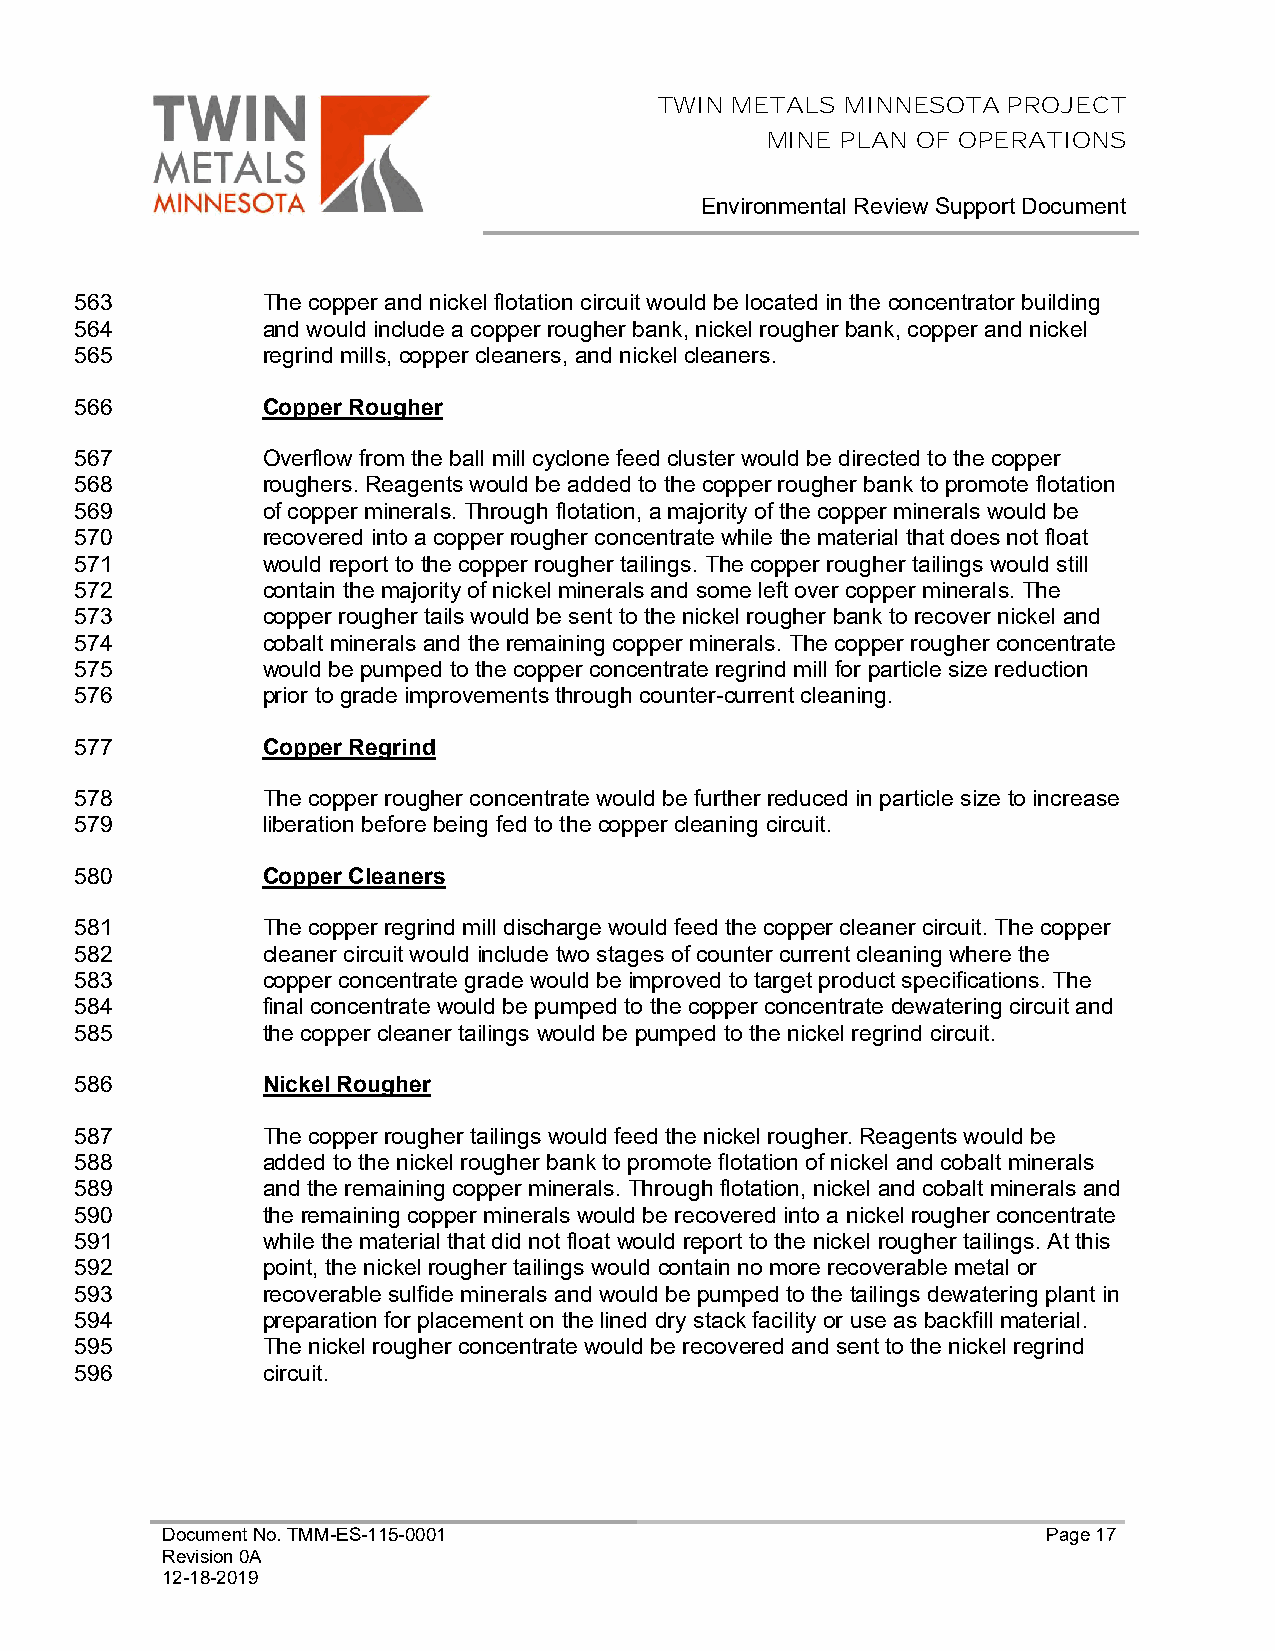
TWIN METALS MINNESOTA  PROJECT
 MINE PLAN OF OPERATIONS
 Environmental Review Support Document
 563         The copper and nickel flotation circuit would be located in the concentrator building
 564         and would include a copper rougher bank, nickel rougher bank, copper and nickel
 565         regrind mills, copper cleaners, and nickel cleaners.
 566         Copper Rougher
 567         Overflow from the ball mill cyclone feed cluster would be directed to the copper
 568         roughers. Reagents would be added to the copper rougher bank to promote flotation
 569         of copper minerals. Through flotation, a majority of the copper minerals would be
 570         recovered into a copper rougher concentrate while the material that does not float
 571         would report to the copper rougher tailings. The copper rougher tailings would still
 572         contain the majority of nickel minerals and some left over copper minerals. The
 573         copper rougher tails would be sent to the nickel rougher bank to recover nickel and
 574         cobalt minerals and the remaining copper minerals. The copper rougher concentrate
 575         would be pumped to the copper concentrate regrind mill for particle size reduction
 576         prior to grade improvements through counter-current cleaning.
 577         Copper Regrind
 578         The copper rougher concentrate would be further reduced in particle size to increase
 579         liberation before being fed to the copper cleaning circuit.
 580         Copper Cleaners
 581         The copper regrind mill discharge would feed the copper cleaner circuit. The copper
 582         cleaner circuit would include two stages of counter current cleaning where the
 583         copper concentrate grade would be improved to target product specifications. The
 584         final concentrate would be pumped to the copper concentrate dewatering circuit and
 585         the copper cleaner tailings would be pumped to the nickel regrind circuit.
 586         Nickel Rougher
 587         The copper rougher tailings would feed the nickel rougher. Reagents would be
 588         added to the nickel rougher bank to promote flotation of nickel and cobalt minerals
 589         and the remaining copper minerals. Through flotation, nickel and cobalt minerals and
 590         the remaining copper minerals would be recovered into a nickel rougher concentrate
 591         while the material that did not float would report to the nickel rougher tailings. At this
 592         point, the nickel rougher tailings would contain no more recoverable metal or
 593         recoverable sulfide minerals and would be pumped to the tailings dewatering plant in
 594         preparation for placement on the lined dry stack facility or use as backfill material.
 595         The nickel rougher concentrate would be recovered and sent to the nickel regrind
 596         circuit.
 Document No. TMM-ES-115-0001                              Page 17
 Revision 0A
 12-18-2019